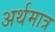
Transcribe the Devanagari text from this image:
अर्थमात्र